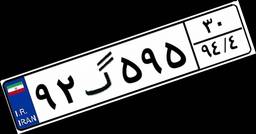
۶۰گ۵۷۸۰۹